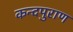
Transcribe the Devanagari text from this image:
कन्दपुराण